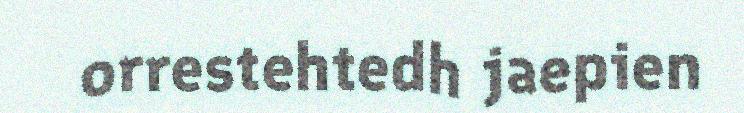
orrestehtedh jaepien